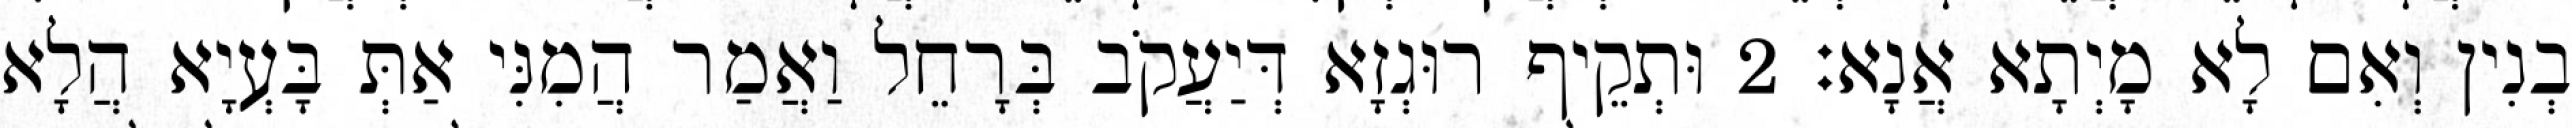
בְנִין וְאִם לָא מָיְתָא אֲנָא׃ 2 וּתְקֵיף רוּגְזָא דְּיַעֲקֹב בְּרָחֵל וַאֲמַר הֲמִנִּי אַתְּ בָּעְיָא הֲלָא